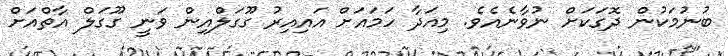
ބުނުމަކުން ދޮގަކަށް ނުވާނެއެވެ. މިއަދާ ހަމައަށް އައިއިރު ގޫގަލްއިން ވަނީ ގޫގަލް އާތްއަށް